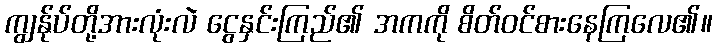
ကျွန်ုပ်တို့အားလုံးလဲ ငွေနှင်းကြည်၏ အကကို စိတ်ဝင်စားနေကြလေ၏။